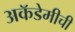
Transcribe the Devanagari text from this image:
अकॅडेमीची